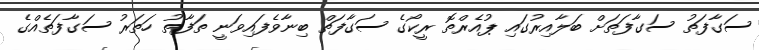
ސަގާފަތު ސަގާފަތަށް ބަލާއިރުގައި ޕުއެރްތޮ ރީކޯގެ ސަގާފަތް ބިނާވެފައިވަނީ ތަފާތު ހަތަރު ސަގާފަތެއްގެ